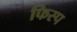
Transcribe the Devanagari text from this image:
फिस्प